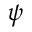
\psi